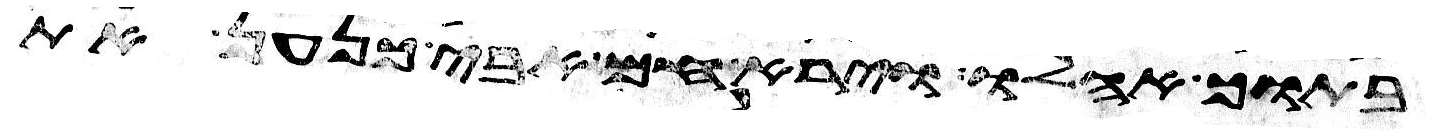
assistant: בתוך אהלו וירא חם אבי כנען את